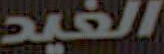
الغيد